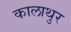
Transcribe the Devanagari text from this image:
कालाथुर